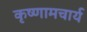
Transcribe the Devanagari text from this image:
कृष्णामचार्य